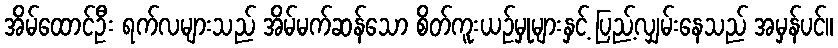
အိမ်ထောင်ဦး ရက်လများသည် အိမ်မက်ဆန်သော စိတ်ကူးယဉ်မှုများနှင့် ပြည့်လျှမ်းနေသည် အမှန်ပင်။